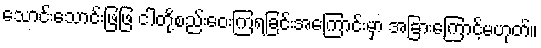
သောင်းသောင်းဖြဖြ ငါတို့စည်းဝေးကြရခြင်းအကြောင်းမှာ အခြားကြောင့်မဟုတ်။